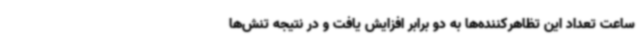
ساعت تعداد این تظاهرکننده‌ها به دو برابر افزایش یافت و در نتیجه تنش‌ها